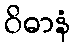
ဝိဓာနံ